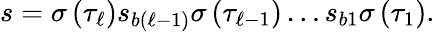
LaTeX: s=\sigma\left(\tau_{\ell}\right)s_{b\left(\ell-1\right)}\sigma\left(\tau_{\ell-1}\right)\ldots s_{b1}\sigma\left(\tau_{1}\right).